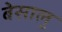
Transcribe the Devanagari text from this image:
बेसालू